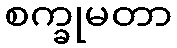
စက္ခုမတာ